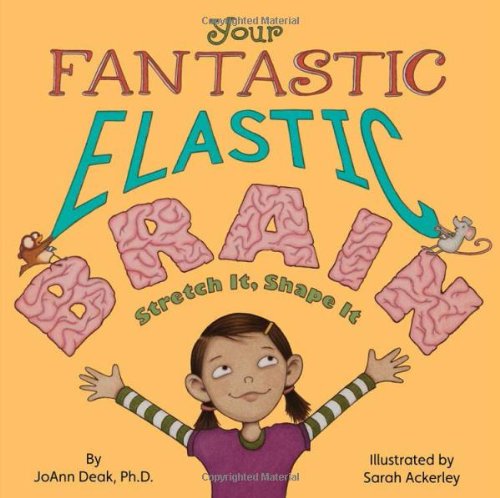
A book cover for Your Fantastic Elastic Brain; JoAnn Deak Ph.D.; Children's Books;